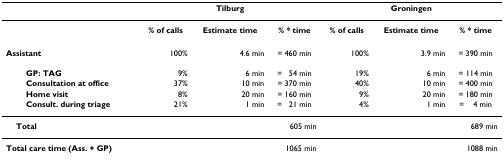
<table><thead><tr><td></td><td colspan="3"><b>Tilburg</b></td><td colspan="3"><b>Groningen</b></td></tr></thead><tbody><tr><td></td><td><b>% of calls</b></td><td><b>Estimate time</b></td><td><b>% * time</b></td><td><b>% of calls</b></td><td><b>Estimate time</b></td><td><b>% * time</b></td></tr><tr><td><b>Assistant</b></td><td>100%</td><td>4.6 min</td><td>= 460 min</td><td>100%</td><td>3.9 min</td><td>= 390 min</td></tr><tr><td><b>GP: TAG</b></td><td>9%</td><td>6 min</td><td>=54 min</td><td>19%</td><td>6 min</td><td>= 114 min</td></tr><tr><td><b>Consultation at office</b></td><td>37%</td><td>10 min</td><td>= 370 min</td><td>40%</td><td>10 min</td><td>= 400 min</td></tr><tr><td><b>Home visit</b></td><td>8%</td><td>20 min</td><td>= 160 min</td><td>9%</td><td>20 min</td><td>= 180 min</td></tr><tr><td><b>Consult. during triage</b></td><td>21%</td><td>1 min</td><td>=21 min</td><td>4%</td><td>1 min</td><td>=4 min</td></tr><tr><td> <b>Total</b></td><td></td><td></td><td>605 min</td><td></td><td></td><td>689 min</td></tr><tr><td><b>Total care time (Ass. + GP)</b></td><td colspan="3">1065 min</td><td colspan="3">1088 min</td></tr></tbody></table>